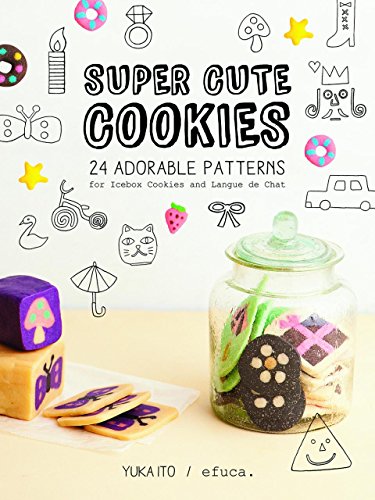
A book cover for Super Cute Cookies: 24 Adorable patterns for Icebox Cookies and Langue de Chat; Yuka Ito; Cookbooks, Food & Wine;